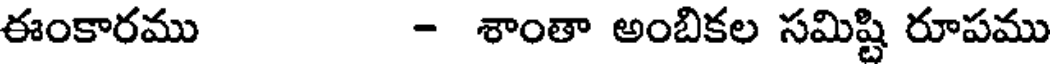
ఈంకారము - శాంతా అంబికల సమిష్టి రూపము